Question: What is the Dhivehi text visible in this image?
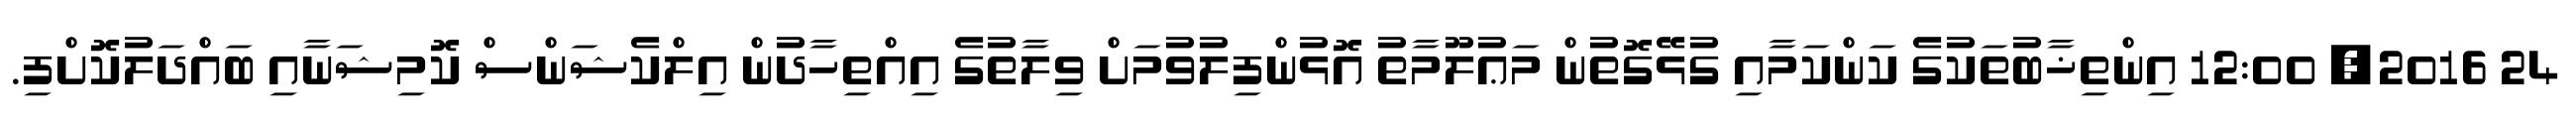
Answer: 24 2016, 12:00 އިންތިޚާބުތަކުގެ ކަންކަމާއި ގުޅޭގޮތުން މަޢުލޫމާތު އޮޅުންފިލުވުމަށް ވިލާތުގެ އިއްތިހާދުން އިލްކެޝަންސް ކޮމިޝަނާއި ބައްދަލުކޮށްފި.